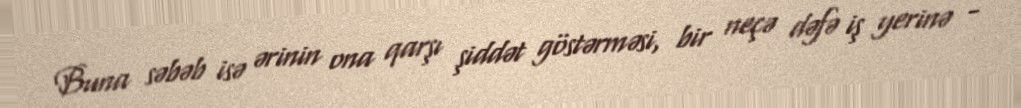
Buna səbəb isə ərinin ona qarşı şiddət göstərməsi, bir neçə dəfə iş yerinə -